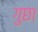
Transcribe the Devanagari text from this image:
गुछा